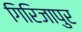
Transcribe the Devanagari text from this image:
गिरिजापुर